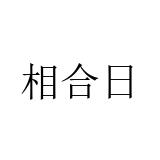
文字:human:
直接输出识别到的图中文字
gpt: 相合日